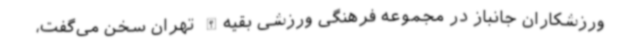
ورزشکاران جانباز در مجموعه فرهنگی ورزشی بقیه‌الله تهران سخن می‌گفت،